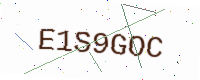
Text: E1S9GOC